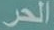
الحر